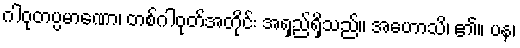
ဂါဝုတပ္ပမာဏော၊ တစ်ဂါဝုတ်အတိုင်း အရှည်ရှိသည်။ အဟောသိ၊ ၏။ ပန၊